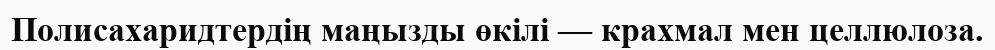
Полисахаридтердің маңызды өкілі — крахмал мен целлюлоза.